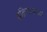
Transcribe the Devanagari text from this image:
सक्रियातवादी